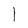
Character: l